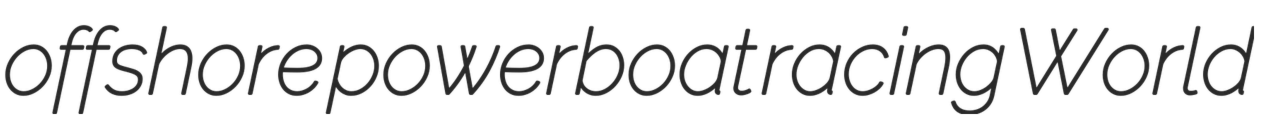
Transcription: offshore powerboat racing World